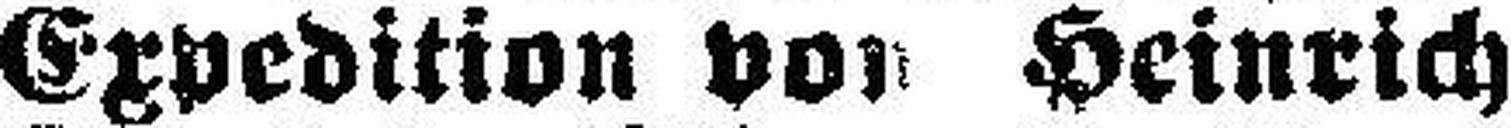
Expedition von Heinrich